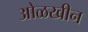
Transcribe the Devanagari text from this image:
ओळखीन